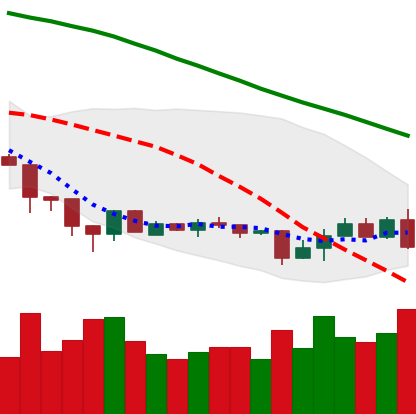
Ticker: XMR-USD
Chart end date: 2018-06-28
Forward return: 19.558%
Label: up_7plus